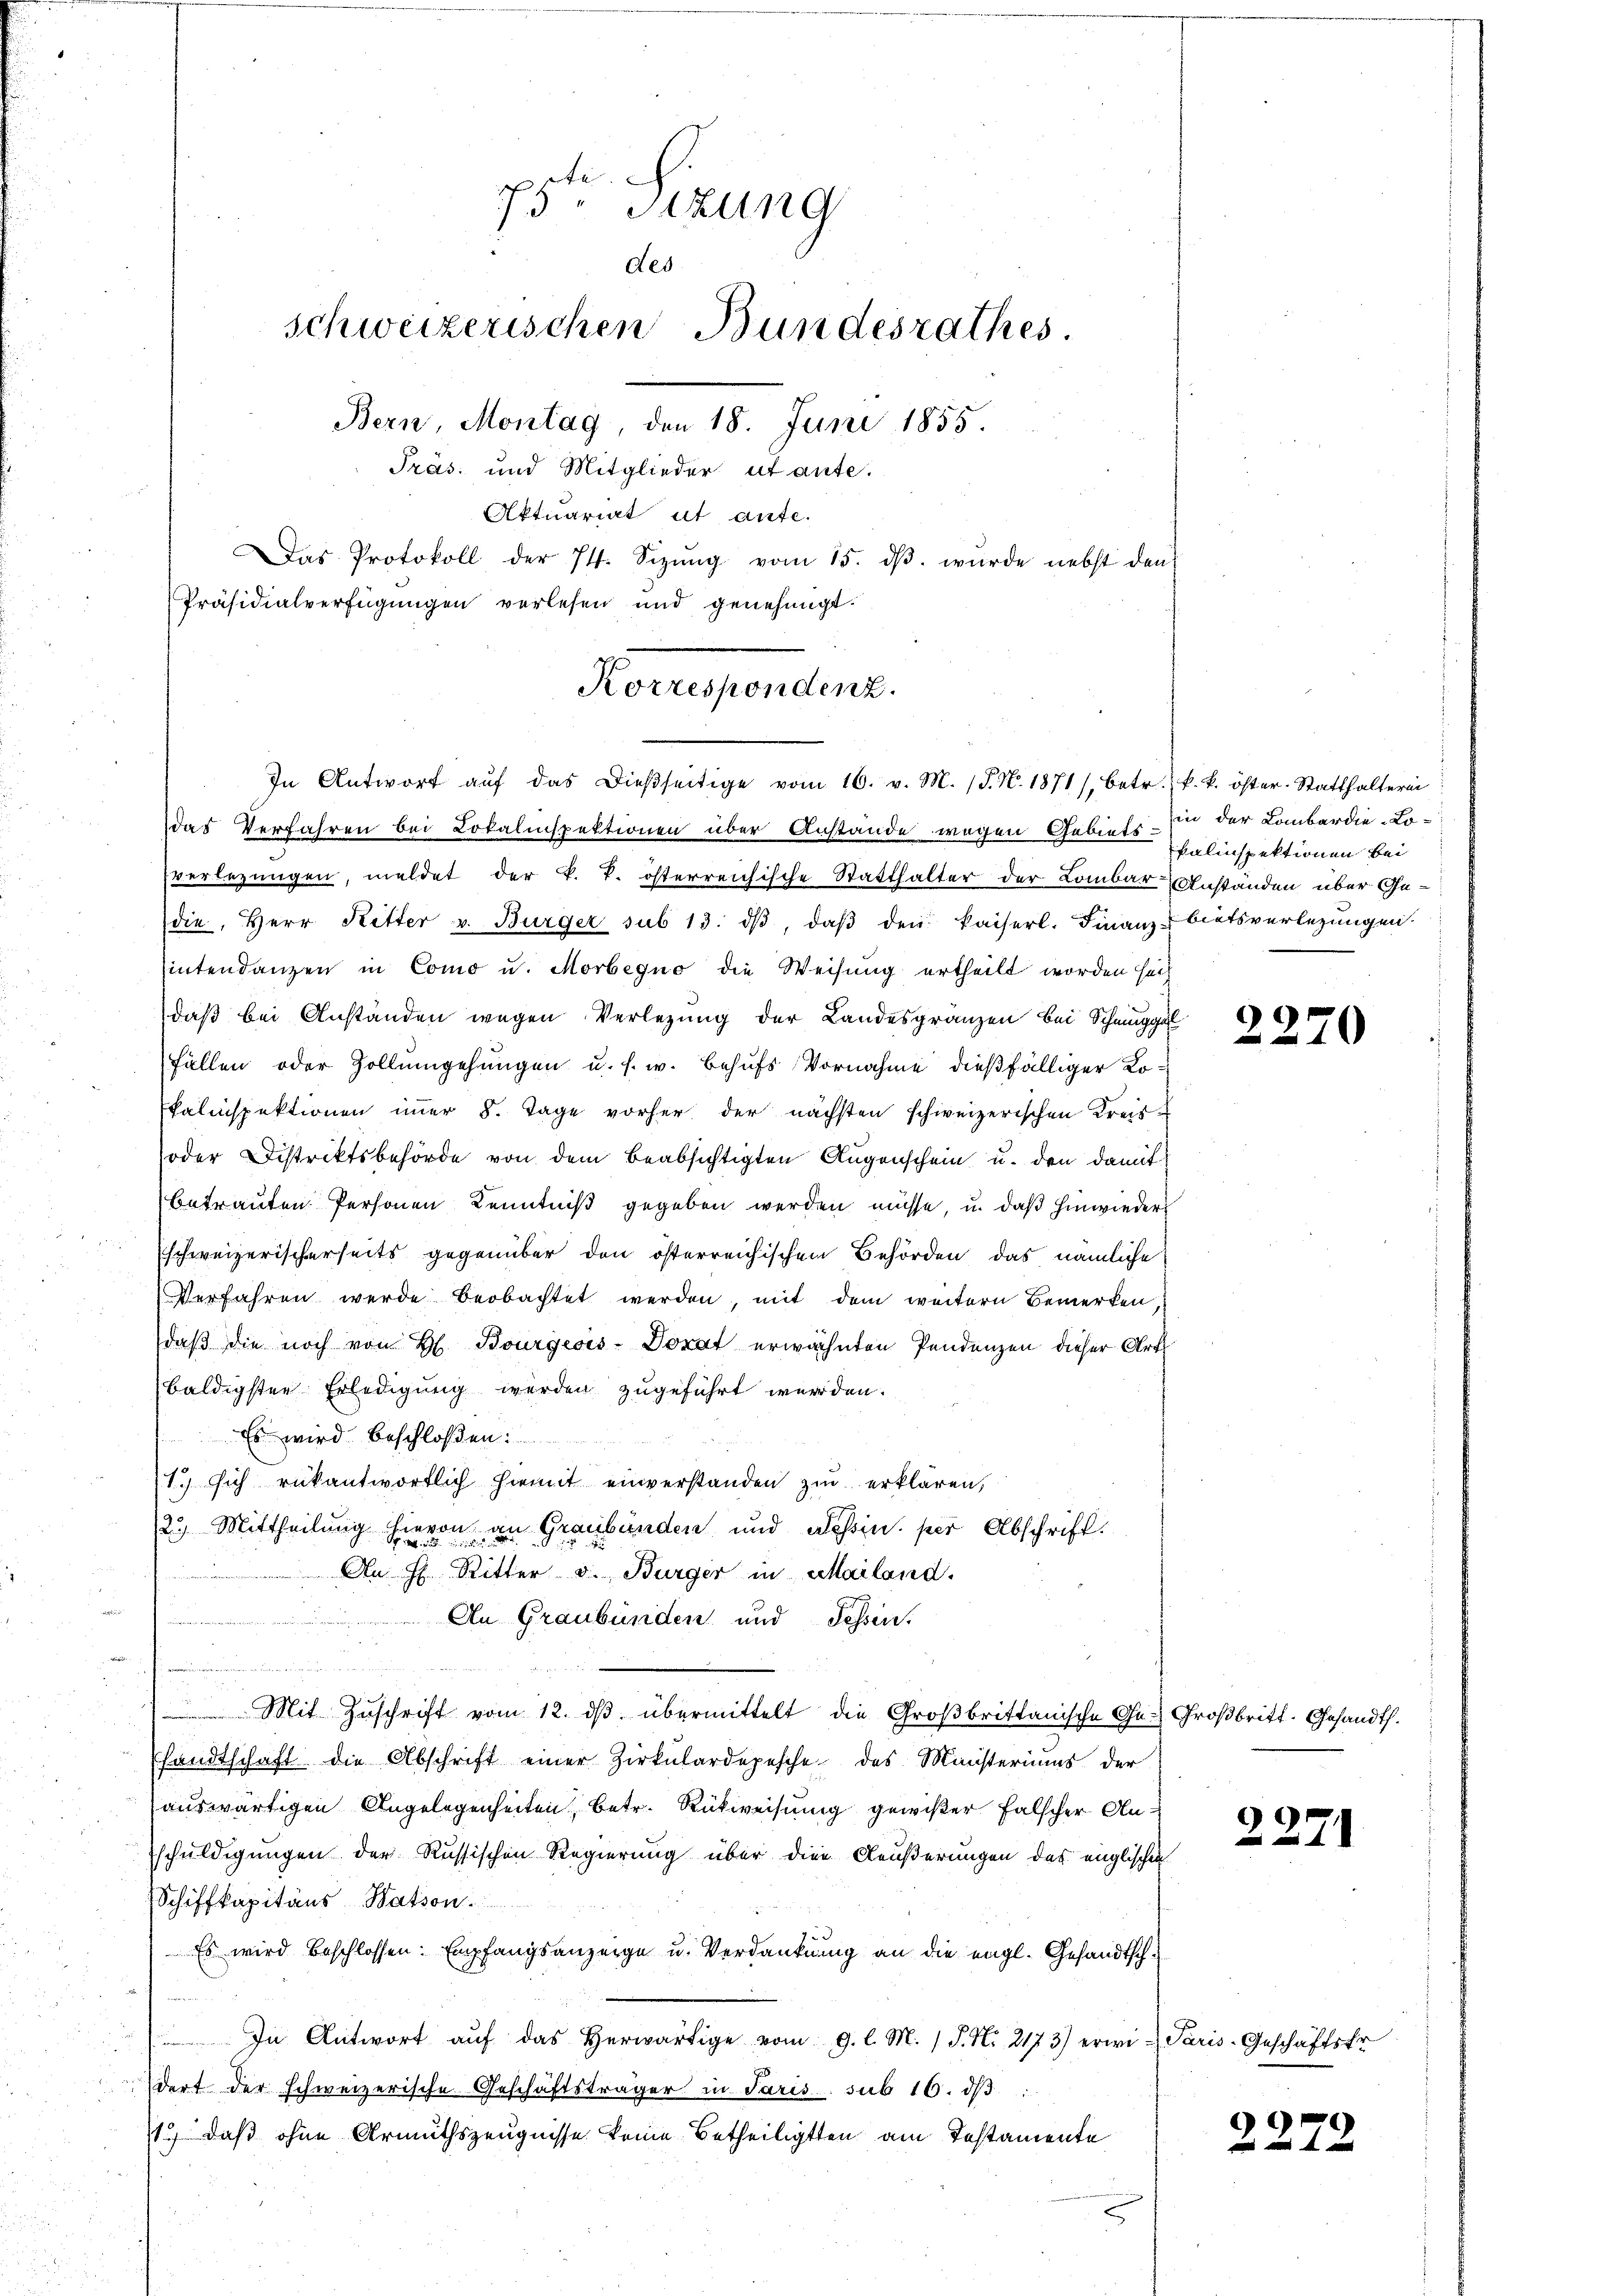
5te Sitzung
des
schweizerischen Bundesrathes.
Bern, Montag, den 18. Juni 1855.
Präs. und Mitglieder utante.
Aktuariat ut ante.
Das Protokoll der 74. Sizŭng vom 15. dβ. wurde nebst den
Präsidialverfügungen verlesen und genehmigt.

Korrespondenz.
In Antwort aŭf das dieβseitige vom 16. v. M. (T. N. 1871, betr. k. k. öster-Statthalterni

das Verfahren bei Lokalinspektionen über Anstände wegen Gebiets:
sverlegungen, meldet der k. k. österreichische Statthalter der Lombar Anständen über Ge-
die, Herr Ritter u. Bürger sub 13. dβ, daβ den kaiserl. Finanz-bietsverlegungen.
sintendanzen in Como u. Morbegno die Weisung ertheilt worden sech
daß bei Anständen wegen Verlegung der Landesgränzen bei Schmuggel
Fällen oder Zollumgehungen u. s. w. Behufs Vornahme dießfälliger Kokalinspektionen immer 8. Tage vorher der nächsten schweizerischen Kreis-
oder Distriktsbehörde von dem beabsichtigten Augenschein u. den damit
betrauten Personen Kenntniß gegeben werden müsse, u. daß hinwieder
Eschweizerischerseits gegenüber den österreichischen Behörden, das nämliche
Verfahren werde beobachtet werden, mit dem weitern Bemerken
daß die noch von H. Bourgeois-Dorat erwähnten Pendenzen dieser Art
baldigster Erledigung werden zugeführt werden.
Es wird beschloßen:
1. sich rükantwortlich hiemit einverstanden zu erklären,
12.) Mittheilung hievon an Graubünden und Nessin. per Abschrift.
An H. Ritter v. Bürger in Mailand.
An Graubünden und Possen.
e
d
Mit Zuschrift vom 12. dβ übermittelt die Großbrittanische Ge-Großbritt. Gesandt.
handtschaft die Abschrift einer Zirkŭlardepesche des Ministeriums der
auswärtigen Angelegenheiten, betr. Rückweisung gewißer falscher Anschuldigungen der Russischen Regierung über die Aeußerungen des englischen
Schiffkapitäns Nation
Es wird beschlossen: Empfangsanzeige u. Verdankung an die engl. Gesandtsch¬
 In Antwort aŭf das herwärtige vom 9. l. M. J. N. 2173) erwi-Paris-Geschäftsfr.
dort der schweizerische Geschäftsträger in Paris sub 16. dβ
1.) daß ohne Armuthszeugnisse keine Betheiligten am Testamente

in der Lombardie Lo¬
Palinspektionen bei

2270

2271

2272